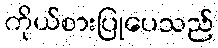
ကိုယ်စားပြုပေသည်